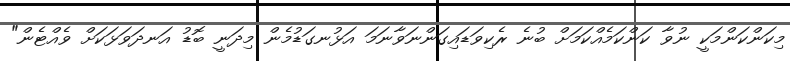
މިކަންކަންމަކީ ނުވާ ކަންކަމެއްކަމަށް ބުނެ ރެކިވަޑައިގަންނަވާނަމަ އަޅުނގަޑުމެން މިދަނީ ބޮޑު އަނދަވަޅަކަށް ވެއްޓެން"